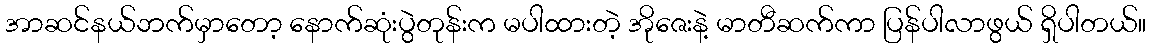
အာဆင်နယ်ဘက်မှာတော့ နောက်ဆုံးပွဲတုန်းက မပါထားတဲ့ အိုဇေးနဲ့ မာတီဆက်ကာ ပြန်ပါလာဖွယ် ရှိပါတယ်။